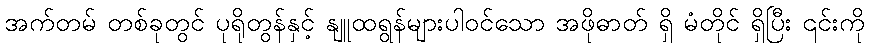
အက်တမ် တစ်ခုတွင် ပုရိုတွန်နှင့် နျူထရွန်များပါဝင်သော အဖိုဓာတ် ရှိ မံတိုင် ရှိပြီး ၎င်းကို